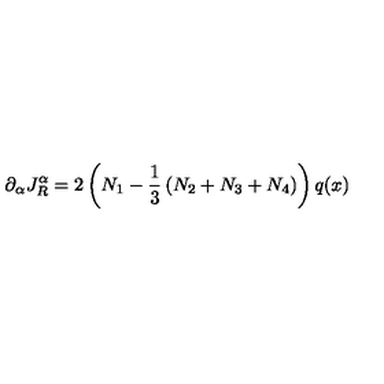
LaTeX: \partial _ { \alpha } J _ { R } ^ { \alpha } = 2 \left( N _ { 1 } - \frac { 1 } { 3 } \left( N _ { 2 } + N _ { 3 } + N _ { 4 } \right) \right) q ( x )